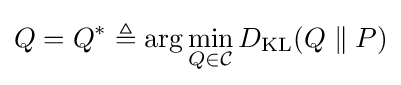
Q=Q^{*}\triangleq \arg \min _{Q\in {\mathcal {C}}}D_{\mathrm {KL} }(Q\parallel P)